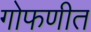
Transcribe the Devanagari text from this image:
गोफणीत